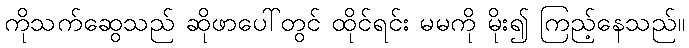
ကိုသက်ဆွေသည် ဆိုဖာပေါ်တွင် ထိုင်ရင်း မမကို မိုး၍ ကြည့်နေသည်။